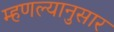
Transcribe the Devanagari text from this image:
म्हणल्यानुसार